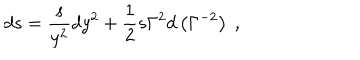
d s = { \frac { s } { y ^ { 2 } } } d y ^ { 2 } + { \frac { 1 } { 2 } } s \Gamma ^ { 2 } d \left( \Gamma ^ { - 2 } \right) \ ,